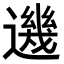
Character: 𨗂